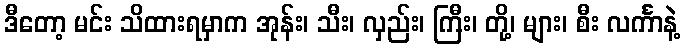
ဒီတော့ မင်း သိထားရမှာက အုန်း၊ သီး၊ လှည်း၊ ကြီး၊ တို့၊ များ၊ စီး လင်္ကာနဲ့